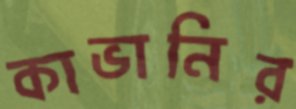
কাভানির